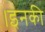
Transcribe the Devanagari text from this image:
।इनकी